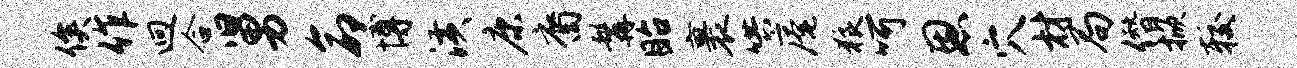
俟作迥合舅命博潢康裔髯眙裹哄庵狼呵恩穴材局僭掀较